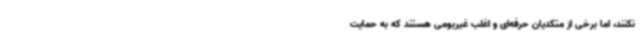
نکنند، اما برخی از متکدیان حرفه‌ای و اغلب غیربومی هستند که به حمایت